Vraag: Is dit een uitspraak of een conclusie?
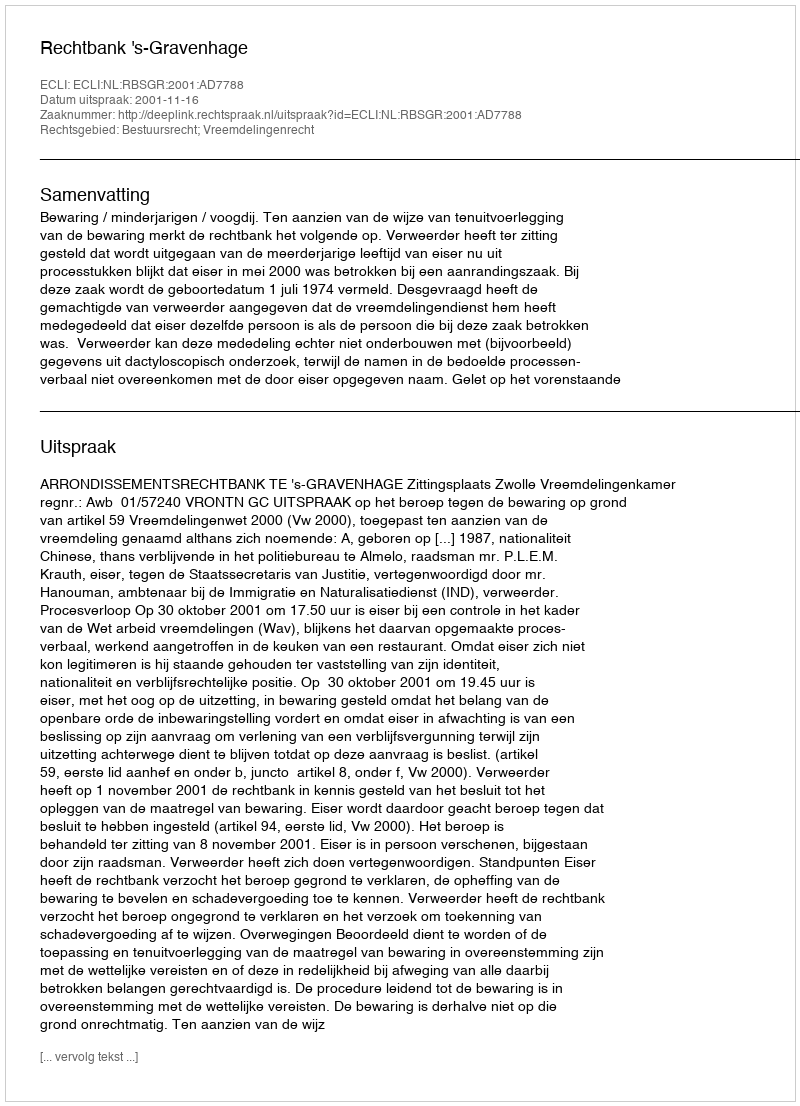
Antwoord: Uitspraak